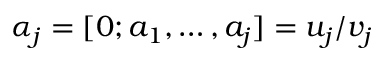
\alpha _ { j } = [ 0 ; a _ { 1 } , \ldots , a _ { j } ] = u _ { j } / v _ { j }